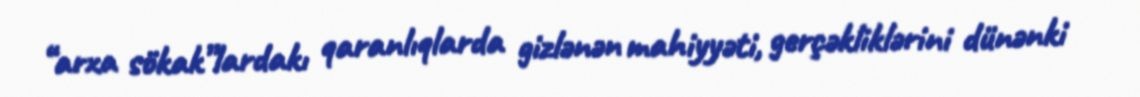
“arxa sökak”lardakı qaranlıqlarda gizlənən mahiyyəti, gerçəkliklərini dünənki